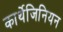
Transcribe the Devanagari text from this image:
कार्थेजिनियन